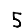
Digit: 5